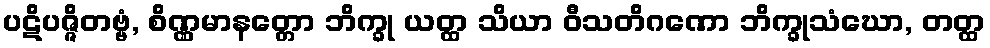
ပဋိပဇ္ဇိတဗ္ဗံ, စိဏ္ဏမာနတ္တော ဘိက္ခု ယတ္ထ သိယာ ဝီသတိဂဏော ဘိက္ခုသံဃော, တတ္ထ